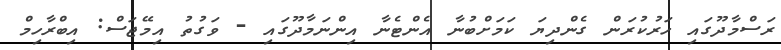
ރަސްމާދޫގައި ހަރުކުރަން ގެންދިޔަ ކަމަށްބުނާ އެންޓެނާ އިންނަމާދޫގައި - ވަގުތު އިމޭޖަސް: އިބްރާހިމް